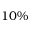
1 0 \%